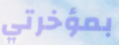
بمؤخرتي